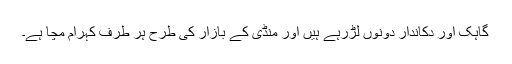
گاہک اور دکاندار دونوں لڑرہے ہیں اور منڈی کے بازار کی طرح ہر طرف کہرام مچا ہے۔